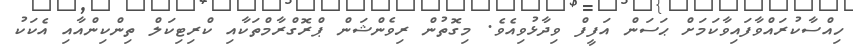
ހިއްސާކުރައްވާފައިވާކަމަށް ޙަސަން އަފީފް ވިދާޅުވިއެވެ. މިގޮތުން ރިވެންޝަން ޕްރޮގްރާމްތަކާއި ކްރިޓިކަލް ތިންކިންއާއި އެކަކު